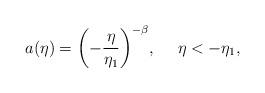
LaTeX: \begin{align*}a(\eta) = \biggl( - \frac{\eta}{\eta_1}\biggr)^{-\beta}, ~~~~\eta<-\eta_{1},\end{align*}